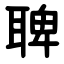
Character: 聛